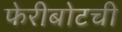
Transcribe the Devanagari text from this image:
फेरीबोटची